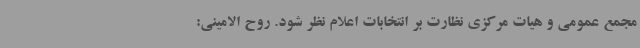
مجمع عمومی و هیات مرکزی نظارت بر انتخابات اعلام نظر شود. روح الامینی: